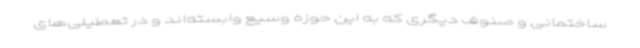
ساختمانی و صنوف دیگری که به این حوزه وسیع وابسته‌اند و در تعطیلی‌های